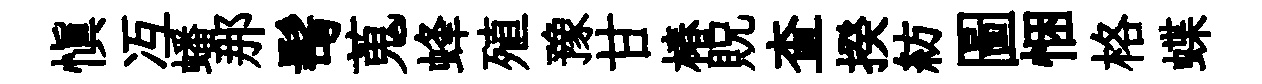
慎冱蟠那髩蒐蜂殖豫甘椿貺查揆紡圖悃格蝶